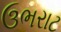
ઉભરાટ